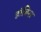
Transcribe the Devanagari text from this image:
डांबिस